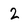
Character: 2